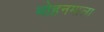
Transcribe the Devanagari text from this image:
मोहनमाला